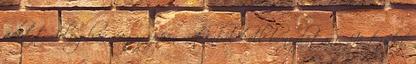
adott dologban vagy éppen rutinból kell bonyolítani. Jó tudni,